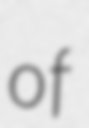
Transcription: of